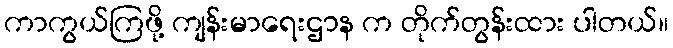
ကာကွယ်ကြဖို့ ကျန်းမာရေးဌာန က တိုက်တွန်းထား ပါတယ်။